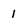
Character: I